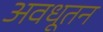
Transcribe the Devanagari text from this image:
अवधूतन